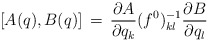
\begin{align*}\lbrack A (q) , B(q) \rbrack \,=\, { \partial A \over \partial q_k} (f^0)^{-1}_{kl} { \partial B \over \partial q_l}\end{align*}